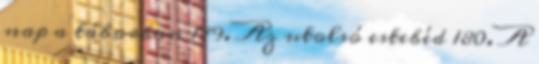
nap a táborban 179. Az utolsó estebéd 180. A